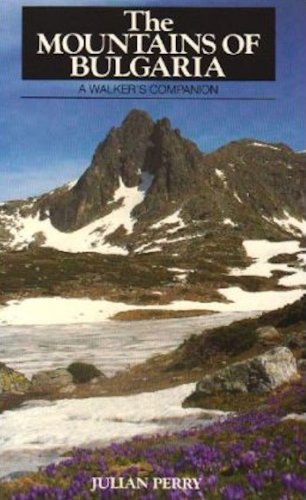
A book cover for The Mountains of Bulgaria: A Walker's Companion; Julian Perry; Travel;